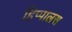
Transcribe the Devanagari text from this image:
हिप्पालस